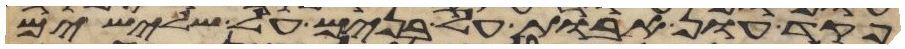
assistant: פקד עון אבות על בנים על שלישים